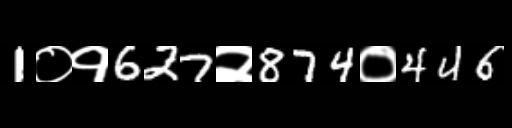
Text: 1०१627२874०446